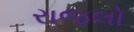
રાજલો